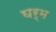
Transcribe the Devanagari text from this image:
घर्म